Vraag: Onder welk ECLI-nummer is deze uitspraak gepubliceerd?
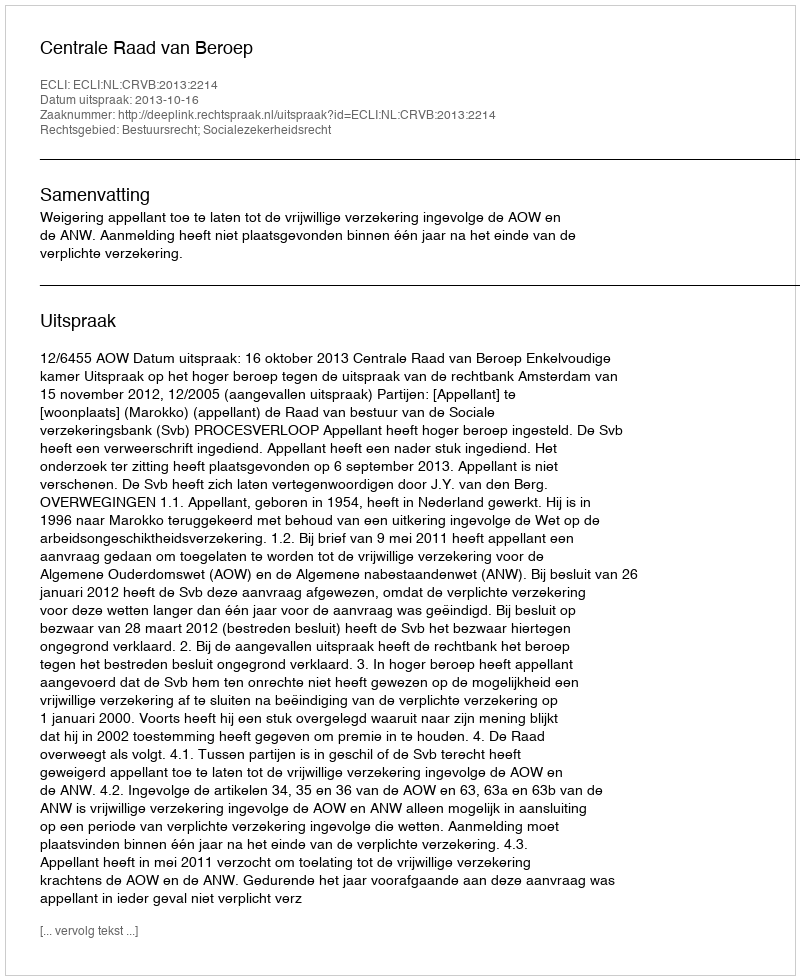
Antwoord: ECLI:NL:CRVB:2013:2214